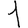
Digit: 1